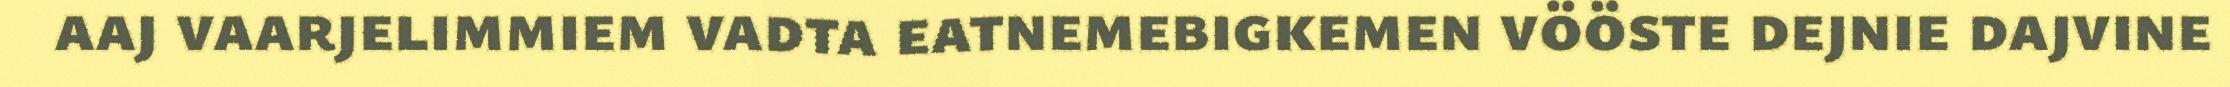
aaj vaarjelimmiem vadta eatnemebigkemen vööste dejnie dajvine